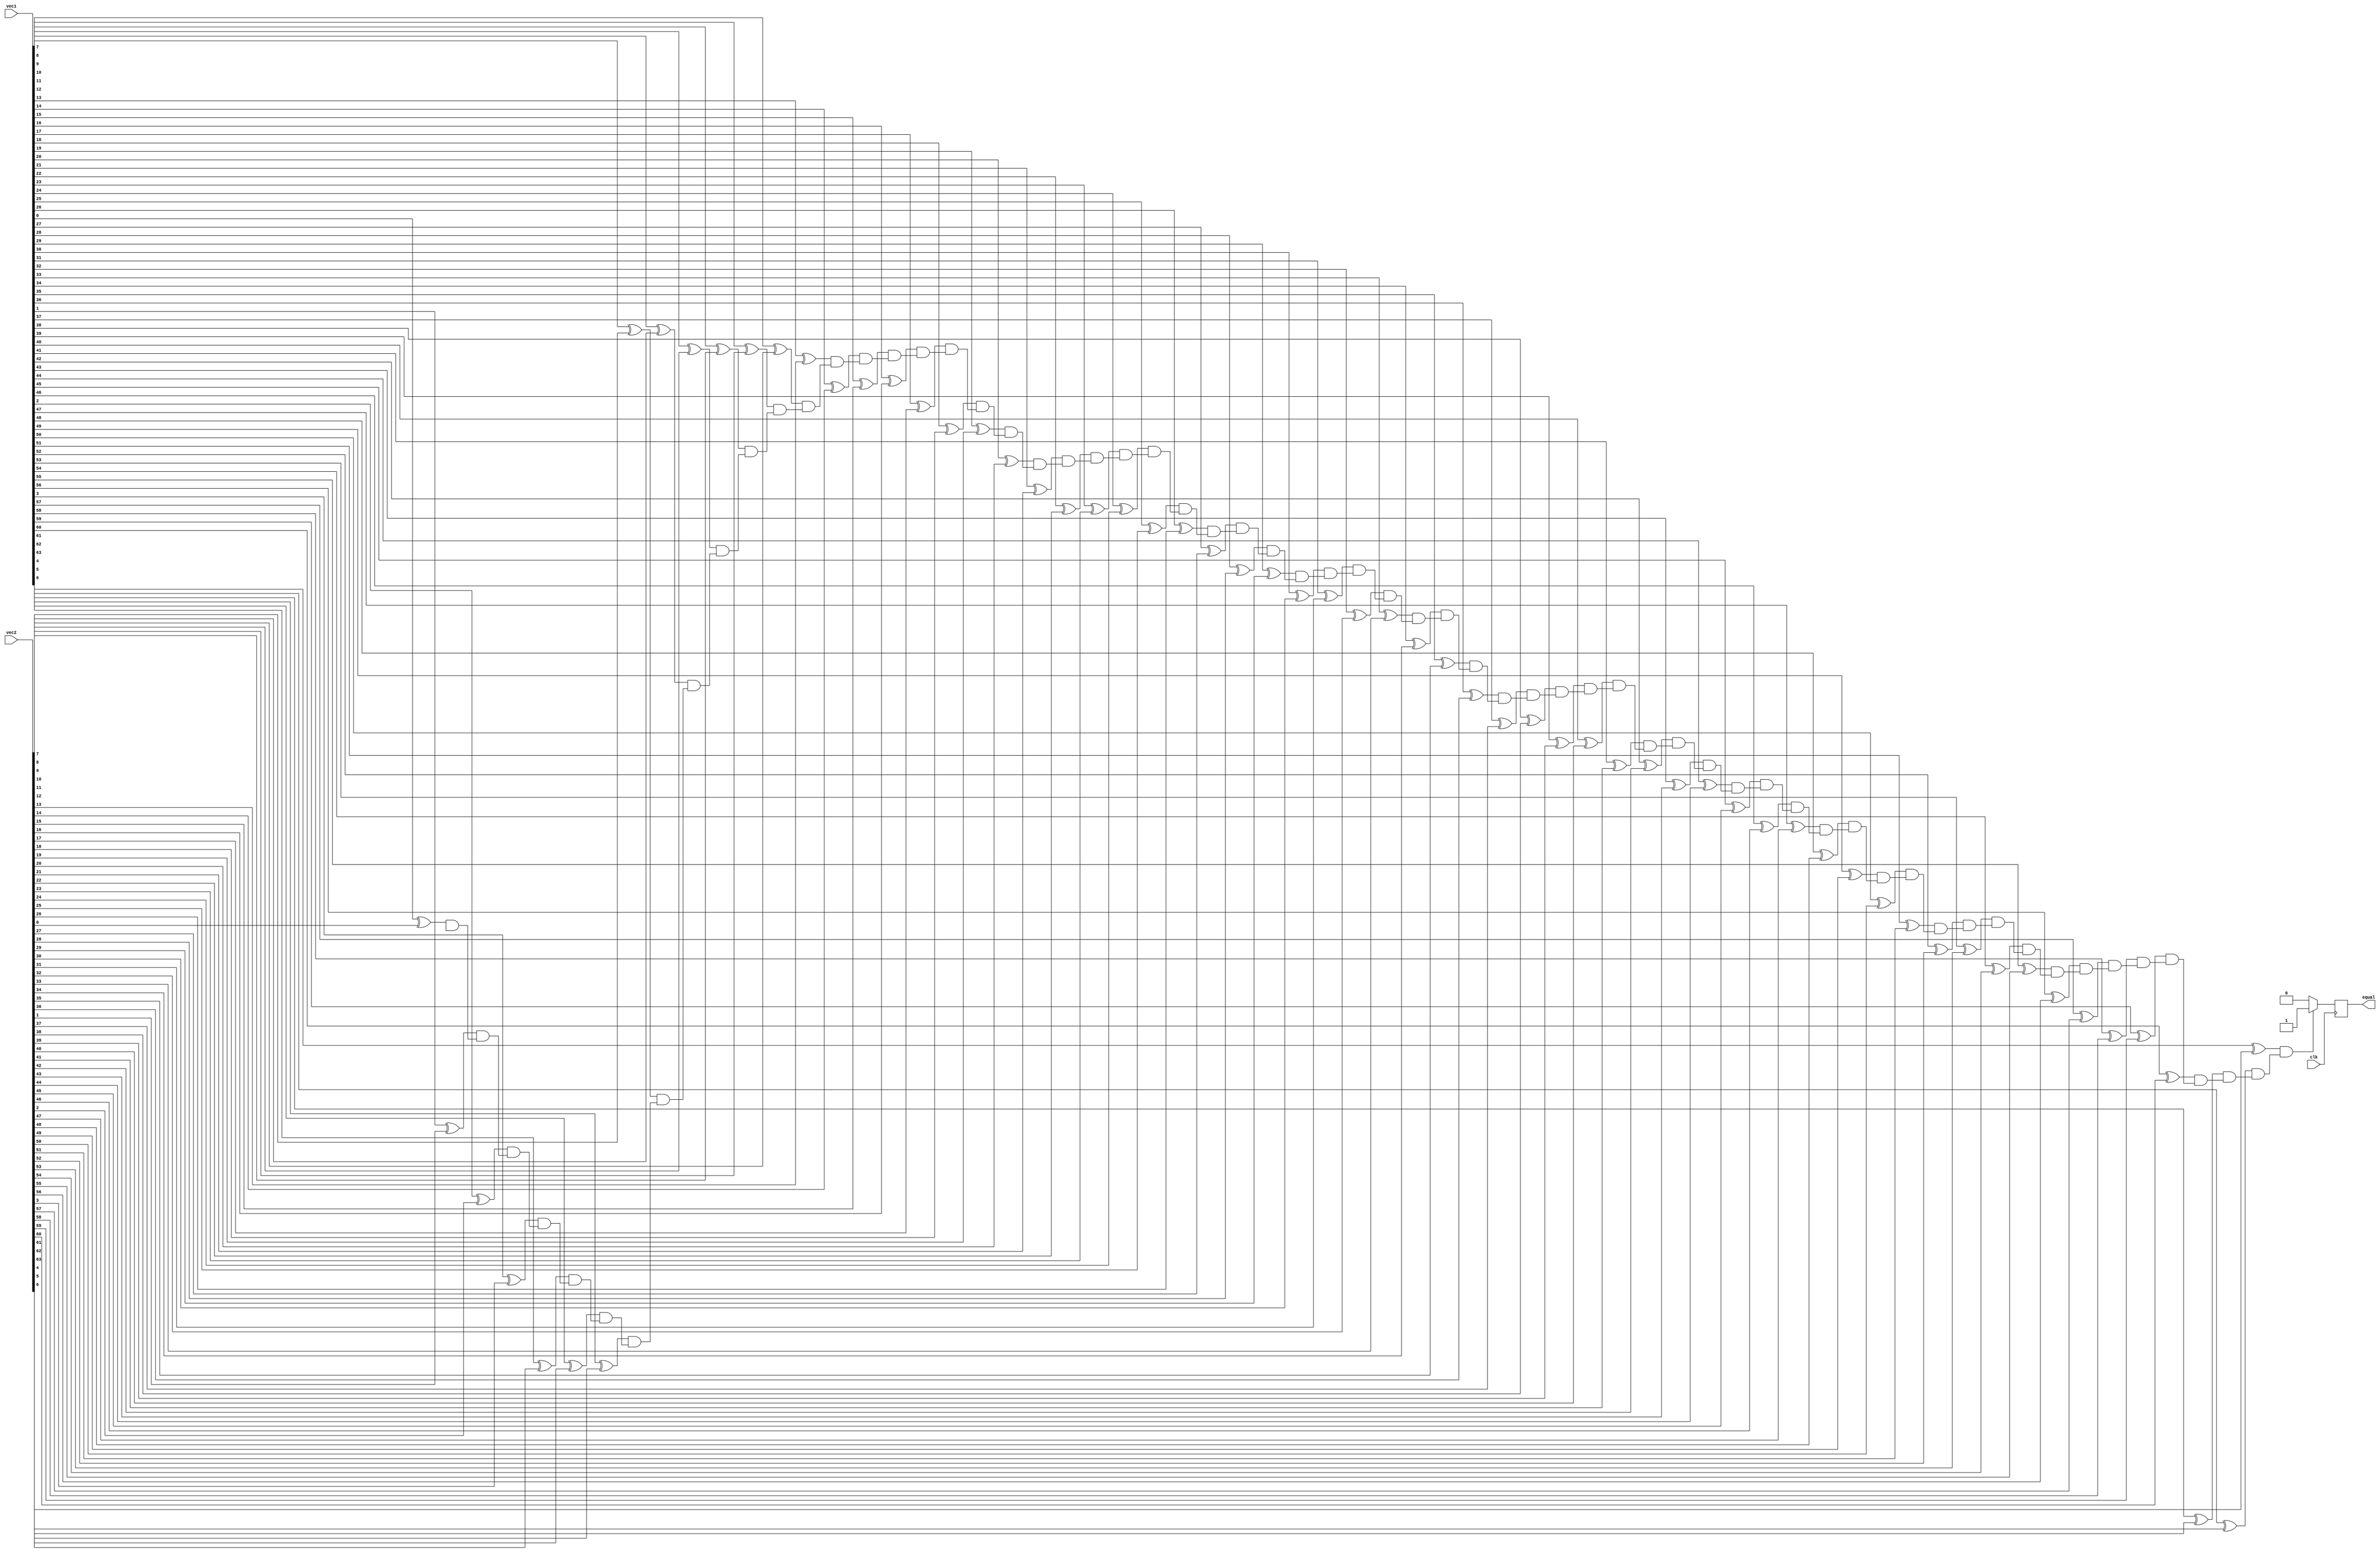
module comparator(input [63:0] vec1, vec2,
                   input clk,
                   output reg equal);

  reg [63:0] xor_result;
  reg [63:0] and_result;
  reg [63:0] or_result;

  // XOR gates for comparing each bit of the input vectors
  generate
    genvar i;
    for(i=0; i<64; i=i+1) begin : xor_gates
      assign xor_result[i] = vec1[i] ^ vec2[i];
    end
  endgenerate

  // AND gates for determining if all bits are equal
  generate
    genvar j;
    for(j=0; j<64; j=j+1) begin : and_gates
      assign and_result[j] = xor_result[j] & and_result[j-1];
    end
  endgenerate

  // OR gates for determining the final result of the comparison
  generate
    genvar k;
    for(k=0; k<64; k=k+1) begin : or_gates
      assign or_result[k] = xor_result[k] | or_result[k-1];
    end
  endgenerate

  // Flag signal to indicate if the two input vectors are equal
  always @(posedge clk) begin
    if (and_result[63] == 1'b1)
      equal <= 1'b1;
    else
      equal <= 1'b0;
  end

endmodule